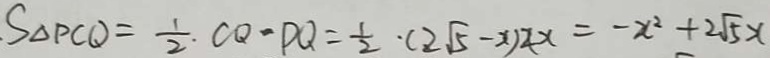
S _ { \Delta } P C D = \frac { 1 } { 2 } \cdot C Q - P Q = \frac { 1 } { 2 } \cdot ( 2 \sqrt { 5 } - x ) 2 x = - x ^ { 2 } + 2 \sqrt { 5 } x